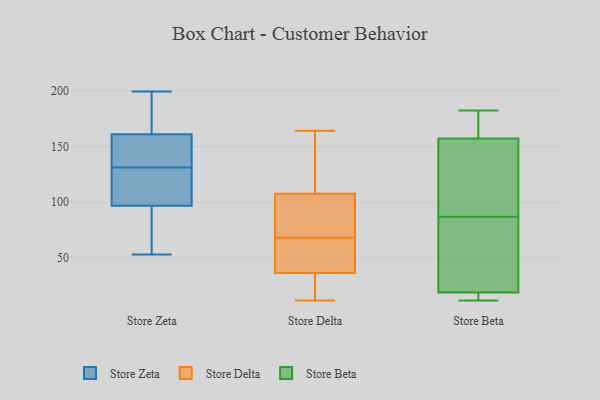
{"axis": {"x": "Revenue (USD Million)", "y": "Value"}, "legend": ["Store Beta", "Store Delta", "Store Zeta"], "data": [{"x": "", "y": 109, "type": "Store Zeta"}, {"x": "", "y": 91, "type": "Store Zeta"}, {"x": "", "y": 177, "type": "Store Zeta"}, {"x": "", "y": 131, "type": "Store Zeta"}, {"x": "", "y": 149, "type": "Store Zeta"}, {"x": "", "y": 95, "type": "Store Zeta"}, {"x": "", "y": 102, "type": "Store Zeta"}, {"x": "", "y": 78, "type": "Store Zeta"}, {"x": "", "y": 53, "type": "Store Zeta"}, {"x": "", "y": 103, "type": "Store Zeta"}, {"x": "", "y": 175, "type": "Store Zeta"}, {"x": "", "y": 162, "type": "Store Zeta"}, {"x": "", "y": 157, "type": "Store Zeta"}, {"x": "", "y": 153, "type": "Store Zeta"}, {"x": "", "y": 138, "type": "Store Zeta"}, {"x": "", "y": 120, "type": "Store Zeta"}, {"x": "", "y": 164, "type": "Store Zeta"}, {"x": "", "y": 199, "type": "Store Zeta"}, {"x": "", "y": 83, "type": "Store Zeta"}, {"x": "", "y": 31, "type": "Store Delta"}, {"x": "", "y": 12, "type": "Store Delta"}, {"x": "", "y": 61, "type": "Store Delta"}, {"x": "", "y": 108, "type": "Store Delta"}, {"x": "", "y": 68, "type": "Store Delta"}, {"x": "", "y": 96, "type": "Store Delta"}, {"x": "", "y": 127, "type": "Store Delta"}, {"x": "", "y": 81, "type": "Store Delta"}, {"x": "", "y": 151, "type": "Store Delta"}, {"x": "", "y": 106, "type": "Store Delta"}, {"x": "", "y": 44, "type": "Store Delta"}, {"x": "", "y": 34, "type": "Store Delta"}, {"x": "", "y": 69, "type": "Store Delta"}, {"x": "", "y": 61, "type": "Store Delta"}, {"x": "", "y": 28, "type": "Store Delta"}, {"x": "", "y": 60, "type": "Store Delta"}, {"x": "", "y": 113, "type": "Store Delta"}, {"x": "", "y": 24, "type": "Store Delta"}, {"x": "", "y": 164, "type": "Store Delta"}, {"x": "", "y": 157, "type": "Store Beta"}, {"x": "", "y": 167, "type": "Store Beta"}, {"x": "", "y": 25, "type": "Store Beta"}, {"x": "", "y": 134, "type": "Store Beta"}, {"x": "", "y": 12, "type": "Store Beta"}, {"x": "", "y": 17, "type": "Store Beta"}, {"x": "", "y": 182, "type": "Store Beta"}, {"x": "", "y": 59, "type": "Store Beta"}, {"x": "", "y": 19, "type": "Store Beta"}, {"x": "", "y": 115, "type": "Store Beta"}]}